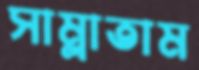
সাম্‌লাতাম